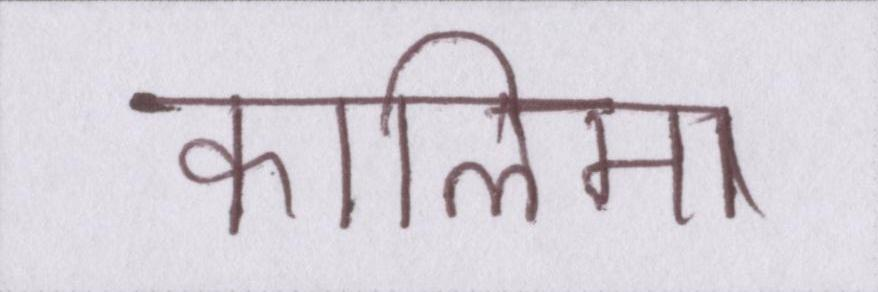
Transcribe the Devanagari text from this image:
कालिमा